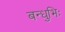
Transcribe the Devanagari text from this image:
बन्धुभिः